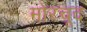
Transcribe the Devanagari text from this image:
मोरचूद